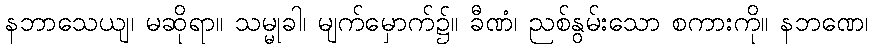
နဘာသေယျ၊ မဆိုရာ။ သမ္မုခါ၊ မျက်မှောက်၌။ ခီဏံ၊ ညစ်နွမ်းသော စကားကို။ နဘဏေ၊